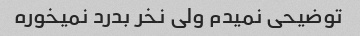
توضیحی نمیدم ولی نخر بدرد نمیخوره